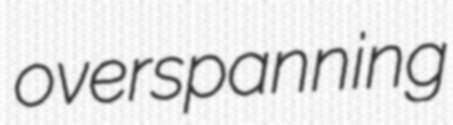
overspanning